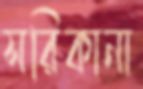
সরিকানা